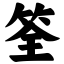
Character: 筌